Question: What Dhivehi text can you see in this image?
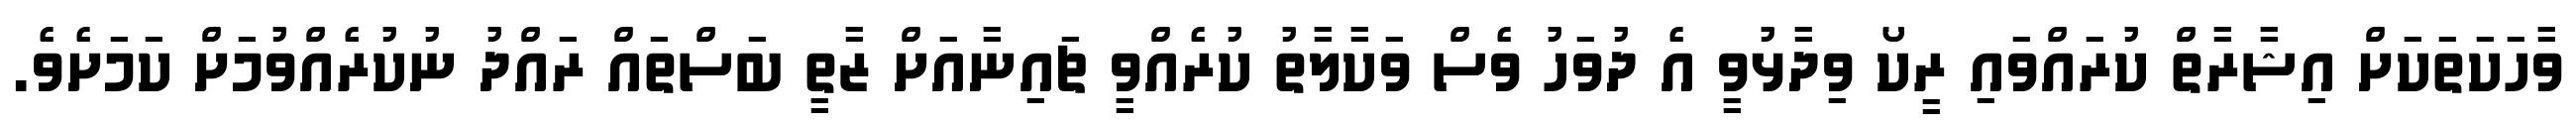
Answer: ވާހަކަތަކަށް އިޝާރާތް ކުރައްވައި ރީކޯ ވިދާޅުވީ އެ ދުވަހު ވެސް ވަކާލާތު ކުރެއްވީ ޗައިނާއަށް ޒާތީ ބަސްތައް ރައްދު ނުކުރެއްވުމަށް ކަމަށެވެ.